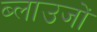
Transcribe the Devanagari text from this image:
ब्लाउजों